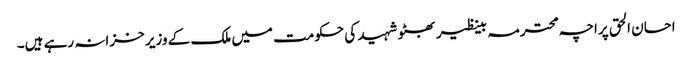
احسان الحق پراچہ محترمہ بینظیر بھٹو شہید کی حکومت میں ملک کے وزیر خزانہ رہے ہیں۔